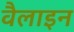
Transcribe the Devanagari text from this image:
वैलाइन